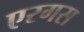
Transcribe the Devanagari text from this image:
एरगस